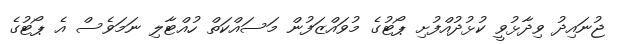
ޖުނައިދު ވިދާޅުވީ ކުޅުދުއްފުށި ޕޯޓުގެ މުވައްޒަފުން މަސައްކަތް ހުއްޓާލި ނަމަވެސް އެ ޕޯޓުގެ